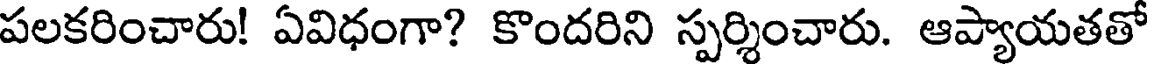
పలకరించారు! ఏవిధంగా? కొందరిని స్పర్శించారు. ఆప్యాయతతో